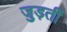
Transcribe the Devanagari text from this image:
जुड़तीं